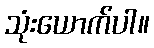
သုံးယောက်ပါ။